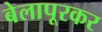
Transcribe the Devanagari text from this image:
बेलापूरकर